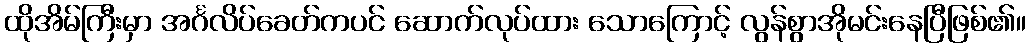
ထိုအိမ်ကြီးမှာ အင်္ဂလိပ်ခေတ်ကပင် ဆောက်လုပ်ထား သောကြောင့် လွန်စွာအိုမင်းနေပြီဖြစ်၏။